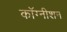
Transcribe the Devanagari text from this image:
कॉग्नीशन